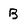
Character: B